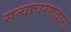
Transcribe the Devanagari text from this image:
सत्याचरणद्वारा